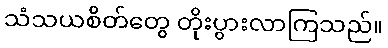
သံသယစိတ်တွေ တိုးပွားလာကြသည်။